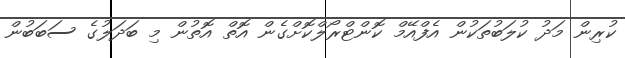
ކުރިން މަދު ކުލަބުތަކުން އެފްއޭމް ކޮންޓްރޯލްކޮށްގެން އޮތް އޮތުން މި ބަދަލުގެ ސަބަބުން